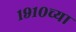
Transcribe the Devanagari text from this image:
१९१०च्या